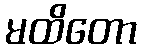
မထိတော